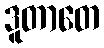
ဒူတာတေ